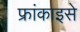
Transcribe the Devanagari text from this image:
फ्रांकाइसे